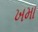
ખમા